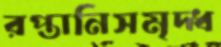
রপ্তানিসমৃদ্ধ